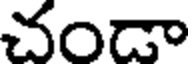
చండా